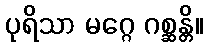
ပုရိသာ မဂ္ဂေ ဂစ္ဆန္တိ။